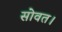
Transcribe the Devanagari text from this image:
सोवत।